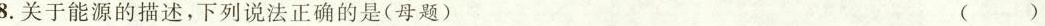
3.关于能源的描述，下列说法正确的是(母题) ()